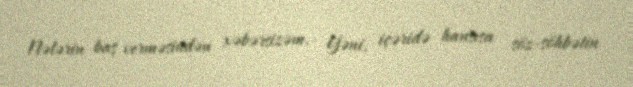
Nələrin baş verməsindən xəbərsizəm.- Yəni, içəridə hansısa söz-söhbətin